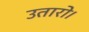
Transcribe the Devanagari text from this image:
उतारो।